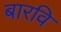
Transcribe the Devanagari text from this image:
बारवि